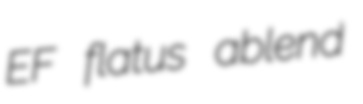
EF flatus ablend